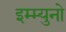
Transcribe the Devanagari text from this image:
इम्म्युनो